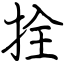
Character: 拴